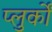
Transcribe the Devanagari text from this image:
प्लुर्कों